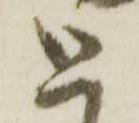
と